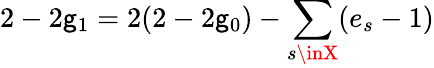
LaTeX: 2-2\mathsf{g}_{1}=2(2-2\mathsf{g}_{0})-\sum_{s\inX}(e_{s}-1)